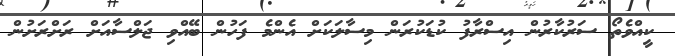
ކީއްވެތޯ ސަރުކާރުން އިސްރާފު ކުޑަކުރަން މިސާލަކަށް އެންމެ ފަހުން ބޭއްވި ޖަލްސާއަށް ރަށްރަށުން